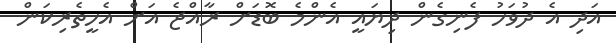
އަދި އެ ދުވަހު ފެނިގެން ދިޔައީ އެންމެ ބޮޑަށް ރާއްޖެ އަށް އެހީތެރިކަން